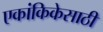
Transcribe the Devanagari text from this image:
एकांकिकेसाठी